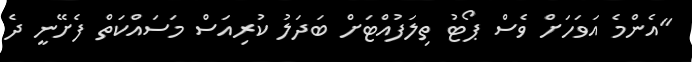
"އެންމެ އަވަހަށް ވެސް ޕޯޓު ތިލަފުއްޓަށް ބަދަލު ކުރިއަސް މަސައްކަތް ފެށޭނީ ދެ